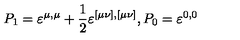
P _ { 1 } = \varepsilon ^ { \mu , \mu } + \frac 1 2 \varepsilon ^ { [ \mu \nu ] , [ \mu \nu ] } , P _ { 0 } = \varepsilon ^ { 0 , 0 }